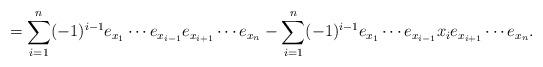
LaTeX: \begin{align*}=\sum_{i=1}^ n(-1)^ {i-1} e_{x_1}\cdots e_{x_{i-1}}e_{x_{i+1}}\cdots e_{x_n}-\sum_{i=1}^ n(-1)^ {i-1}e_{x_1}\cdots e_{x_{i-1}}x_ie_{x_{i+1}}\cdots e_{x_n}.\end{align*}